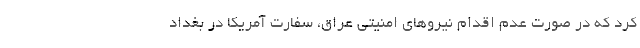
کرد که در صورت عدم اقدام نیروهای امنیتی عراق، سفارت آمریکا در بغداد